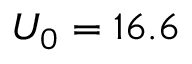
U _ { 0 } = 1 6 . 6